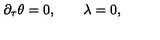
\partial _ { \tau } \theta = 0 , \qquad \lambda = 0 ,